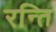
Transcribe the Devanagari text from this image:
रन्ति